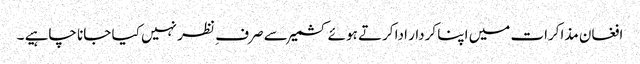
افغان مذاکرات میں اپنا کردار ادا کرتے ہوئے کشمیر سے صرف ِ نظر نہیں کیا جانا چاہیے ۔